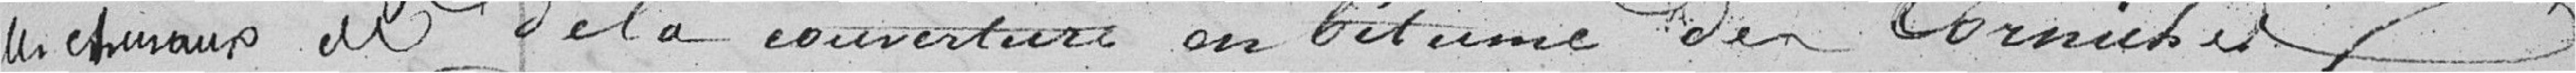
les chéneaux et de la couverture en bitume des Corniches et